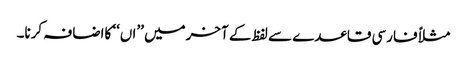
مثلاً فارسی قاعدے سے لفظ کے آخرمیں ’’اں‘‘ کااضافہ کرنا۔